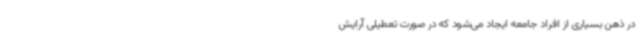
در ذهن بسیاری از افراد جامعه ایجاد می‌شود که در صورت تعطیلی آرایش